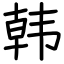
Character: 韩